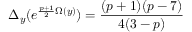
\Delta _ { y } ( e ^ { \frac { p + 1 } { 2 } \Omega ( y ) } ) = \frac { ( p + 1 ) ( p - 7 ) } { 4 ( 3 - p ) }